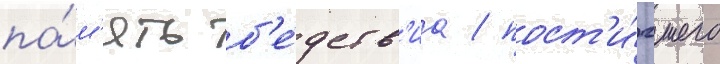
па́м'ять б'е́дств'иа / пост'и́гшего